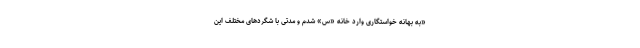
«به بهانه خواستگاری وارد خانه «س» شدم و مدتی با شگردهای مختلف این